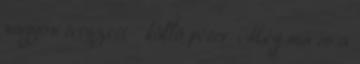
nagyon tetszett kálló péter Még ma is a